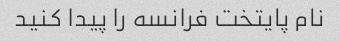
نام پایتخت فرانسه را پیدا کنید